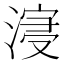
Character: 𣹦